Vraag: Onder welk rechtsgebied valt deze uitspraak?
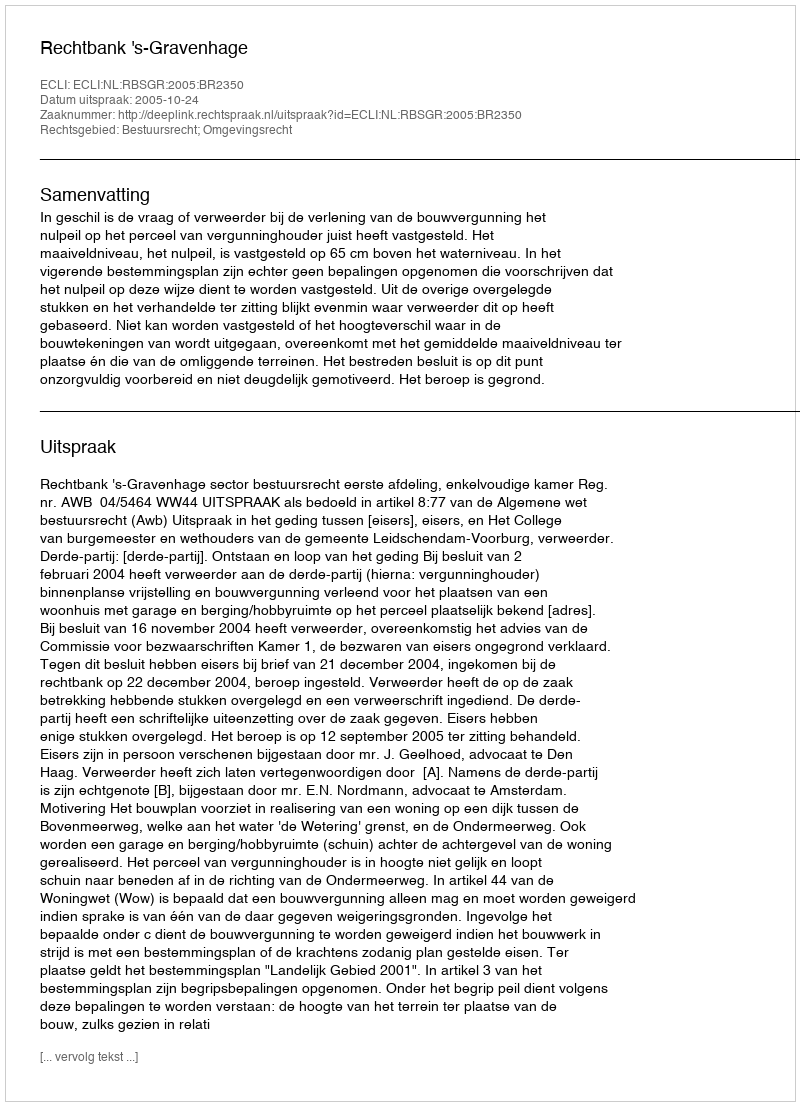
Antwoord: Bestuursrecht; Omgevingsrecht